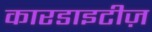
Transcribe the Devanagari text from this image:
कारडाइटीज़